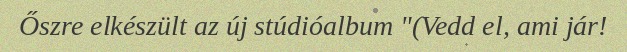
Őszre elkészült az új stúdióalbum "(Vedd el, ami jár!